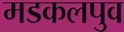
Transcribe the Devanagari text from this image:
मडकलपुव